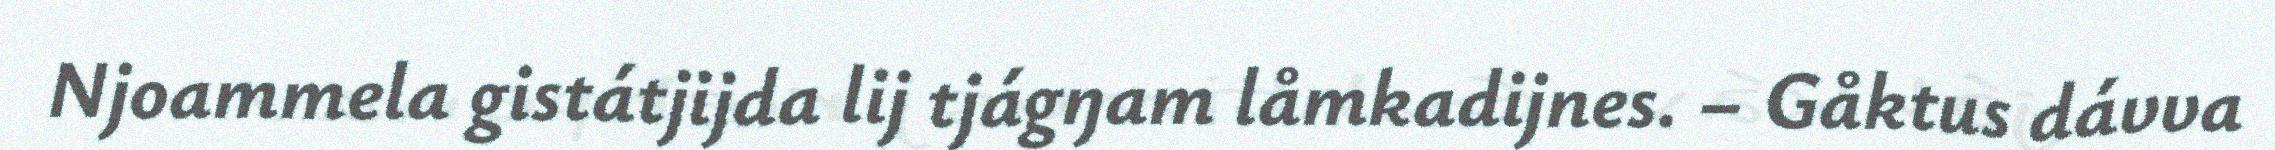
Njoammela gistátjijda lij tjágŋam låmkadijnes. – Gåktus dávva